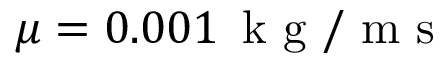
\mu = 0 . 0 0 1 \, \mathrm { ~ k ~ g ~ / ~ m ~ s ~ }